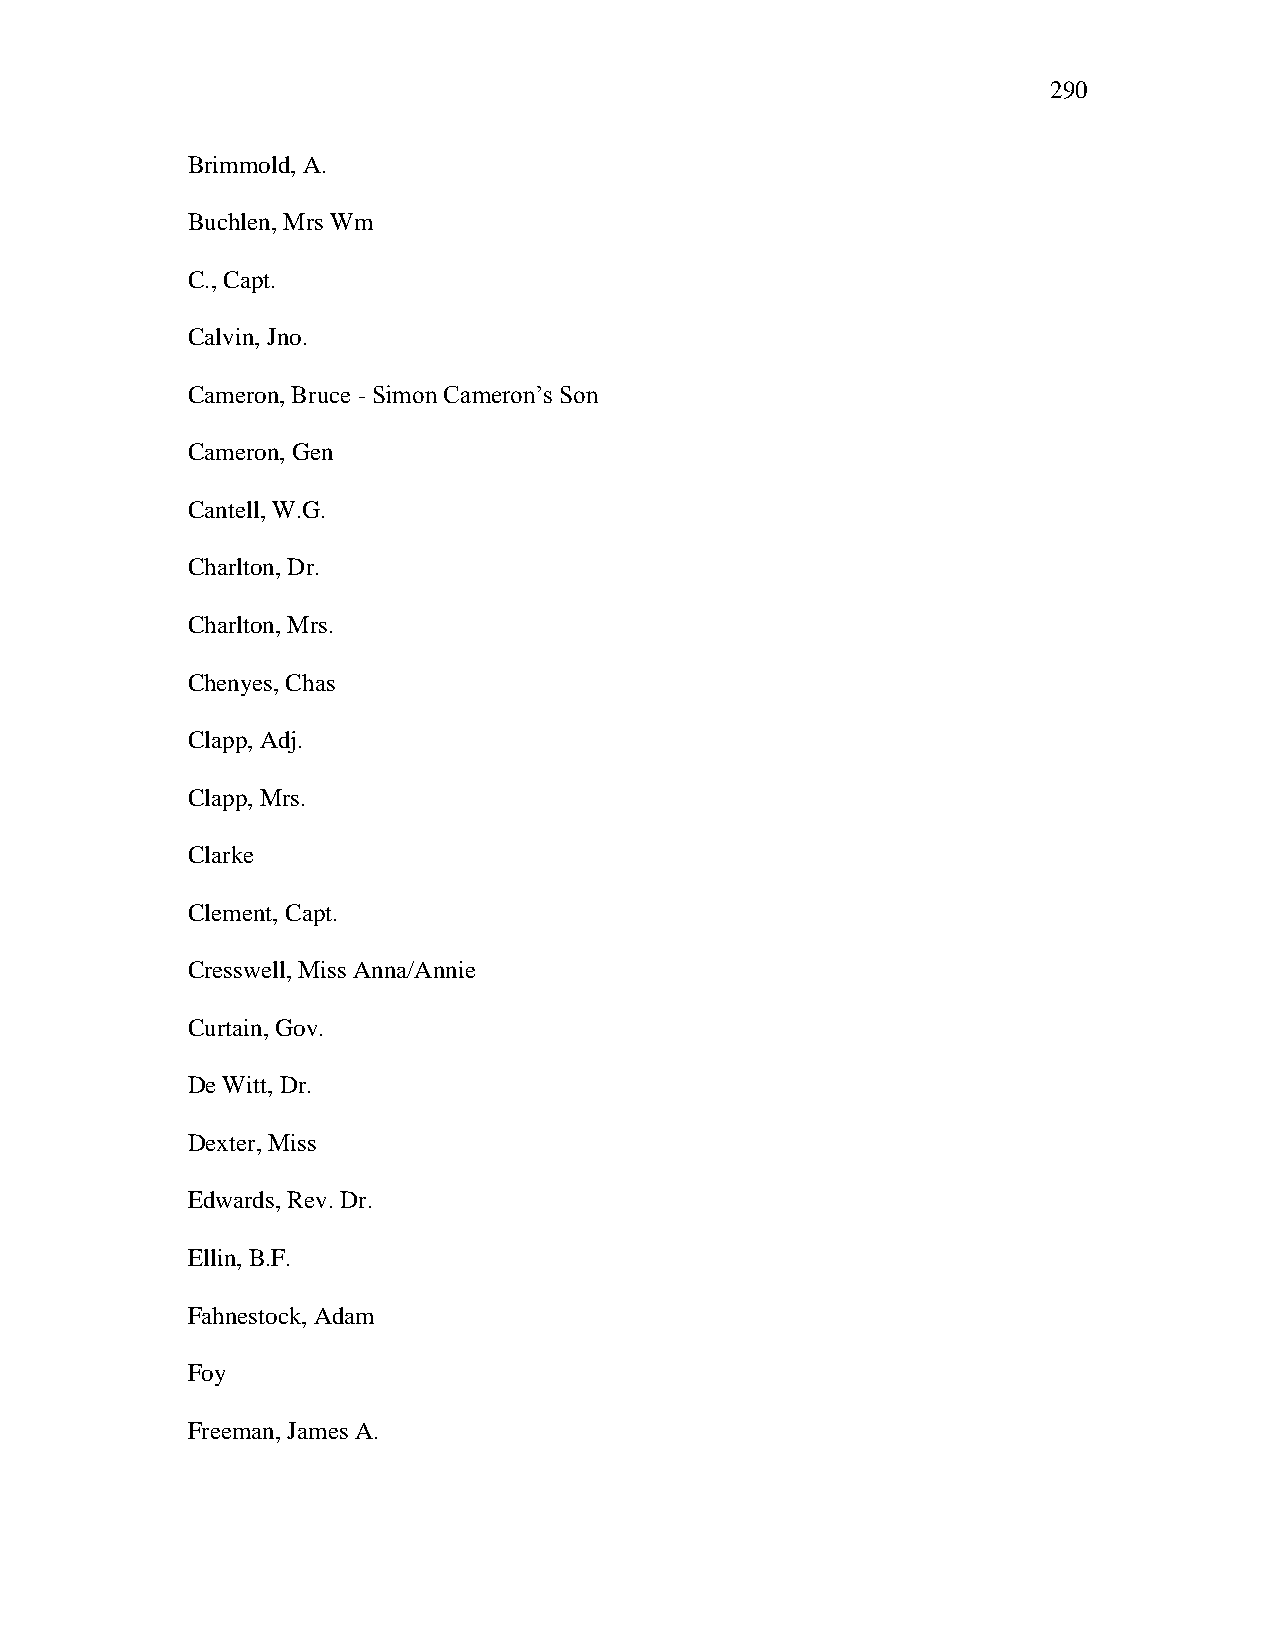
290
 Brimmold, A.
 Buchlen, Mrs Wm
 C., Capt.
 Calvin, Jno.
 Cameron, Bruce - Simon Cameron‘s Son
 Cameron, Gen
 Cantell, W.G.
 Charlton, Dr.
 Charlton, Mrs.
 Chenyes, Chas
 Clapp, Adj.
 Clapp, Mrs.
 Clarke
 Clement, Capt.
 Cresswell, Miss Anna/Annie
 Curtain, Gov.
 De Witt, Dr.
 Dexter, Miss
 Edwards, Rev. Dr.
 Ellin, B.F.
 Fahnestock, Adam
 Foy
 Freeman, James A.